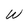
Character: W